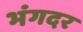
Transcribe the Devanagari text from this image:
भंगदर